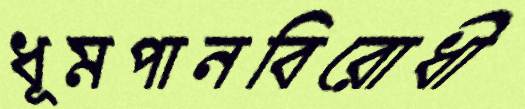
ধূমপানবিরোধী